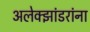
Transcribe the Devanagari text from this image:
अलेक्झांडरांना